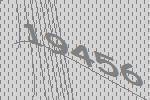
19456